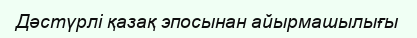
Дәстүрлі қазақ эпосынан айырмашылығы